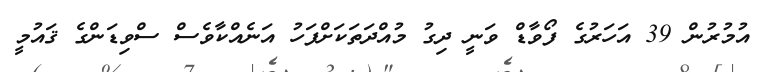
އުމުރުން 39 އަހަރުގެ ފޯވާޑް ވަނީ ދިގު މުއްދަތަކަށްފަހު އަނެއްކާވެސް ސްވިޑަންގެ ޤައުމީ